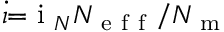
\dot { \iota } { = } \mathrm { ~ i ~ } _ { N } N _ { \mathrm { ~ e ~ f ~ f ~ } } / N _ { \mathrm { ~ m ~ } }